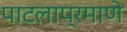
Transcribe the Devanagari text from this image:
पाटलाप्रमाणे